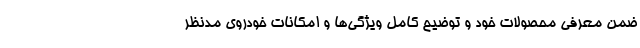
ضمن معرفی محصولات خود و توضیح کامل ویژگی‌ها و امکانات خودروی مدنظر